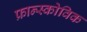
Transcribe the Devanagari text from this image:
फ्रान्स्कोविक